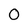
Character: 0